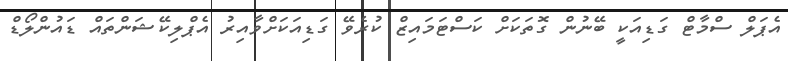
އެޕަލް ސްމާޓް ގަޑިއަކީ ބޭނުން ގޮތަކަށް ކަސްޓަމައިޒް ކުރެވޭ ގަޑިއަކަށްވާއިރު އެޕްލިކޭޝަންތައް ޑައުންލޯޑް